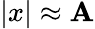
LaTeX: |x|\approx\mathbf{A}